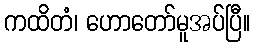
ကထိတံ၊ ဟောတော်မူအပ်ပြီ။